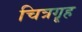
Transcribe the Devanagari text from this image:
चित्रगॄह